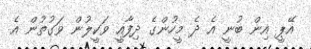
އޭޕީ އިން ބުނީ އެ ދެ މީހުންގެ ދިފާއީ ވަކީލުން ވަގުތުން އެ